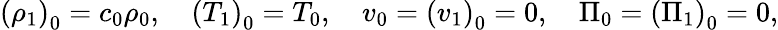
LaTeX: \left(\rho_{1}\right)_{0}=c_{0}\rho_{0},\quad\left(T_{1}\right)_{0}=T_{0},\quad v_{0}=\left(v_{1}\right)_{0}=0,\quad\Pi_{0}=\left(\Pi_{1}\right)_{0}=0,